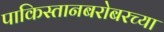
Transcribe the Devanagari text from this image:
पाकिस्तानबरोबरच्या